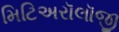
મિટિઅરૉલૉજી